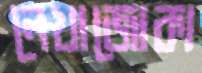
লেখাজোকা